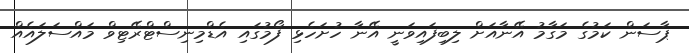
ޕާސަން ކަމުގެ މަގާމު އޭނާއަށް ލިބިފައިވަނީ އޭނާ ހުށަހެޅި ފޯމުގައި އެޑްމިނިސްޓްރޭޓިވް މައްސަލައެއް